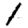
Digit: 1